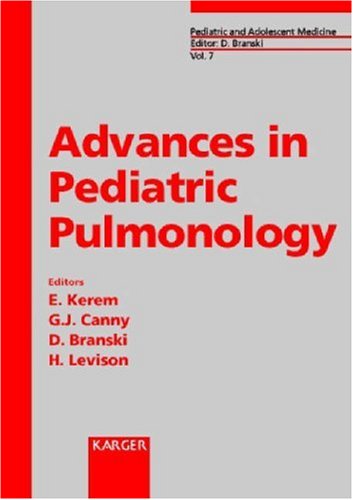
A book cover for Advances in Pediatric Pulmonology (Pediatric and Adolescent Medicine, Vol. 7); Health, Fitness & Dieting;